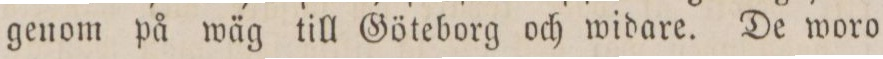
genom på wäg till Göteborg och widare. De woro